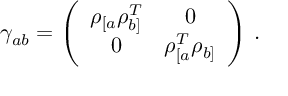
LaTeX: \gamma _ { a b } = \left( \begin{array} { c c } { { \rho _ { [ a } \rho _ { b ] } ^ { T } } } & { { 0 } } \\ { { 0 } } & { { \rho _ { [ a } ^ { T } \rho _ { b ] } } } \end{array} \right) \, .